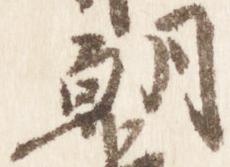
朝